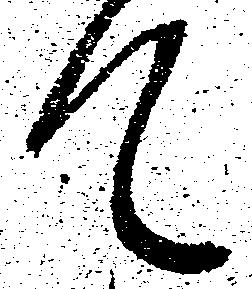
て